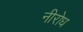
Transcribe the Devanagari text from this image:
नीरोध